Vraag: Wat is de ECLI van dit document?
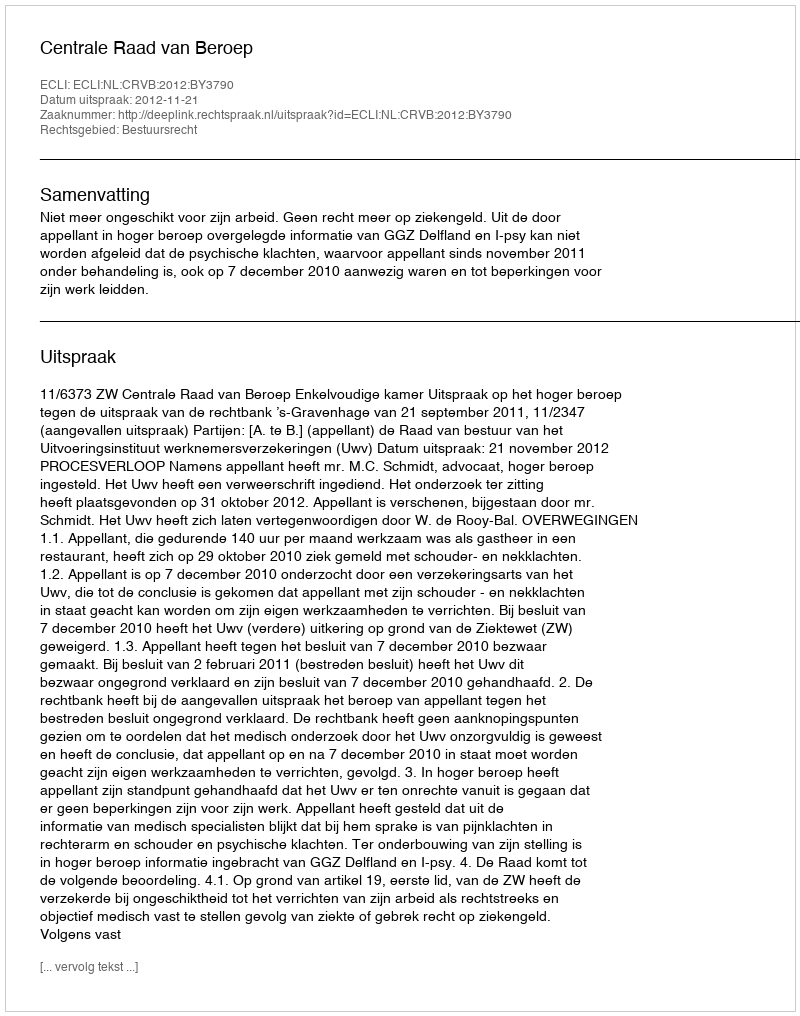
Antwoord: ECLI:NL:CRVB:2012:BY3790